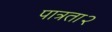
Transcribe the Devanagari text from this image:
पात्रता२